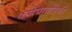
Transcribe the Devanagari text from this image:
कर्मचार्यांपैकी